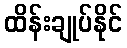
ထိန်းချုပ်နိုင်